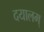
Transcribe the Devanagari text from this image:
दयालम्